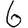
Digit: 6